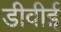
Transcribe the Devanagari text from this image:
डीवीई